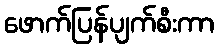
ဖောက်ပြန်ပျက်စီးကာ